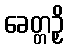
ခေတ္တဉှိ